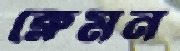
ক্লেমন